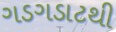
ગડગડાટથી